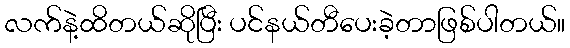
လက်နဲ့ထိတယ်ဆိုပြီး ပင်နယ်တီပေးခဲ့တာဖြစ်ပါတယ်။